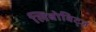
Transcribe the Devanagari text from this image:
लिबोविट्ज़